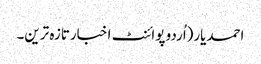
احمدیار(اُردو پوائنٹ اخبارتازہ ترین۔